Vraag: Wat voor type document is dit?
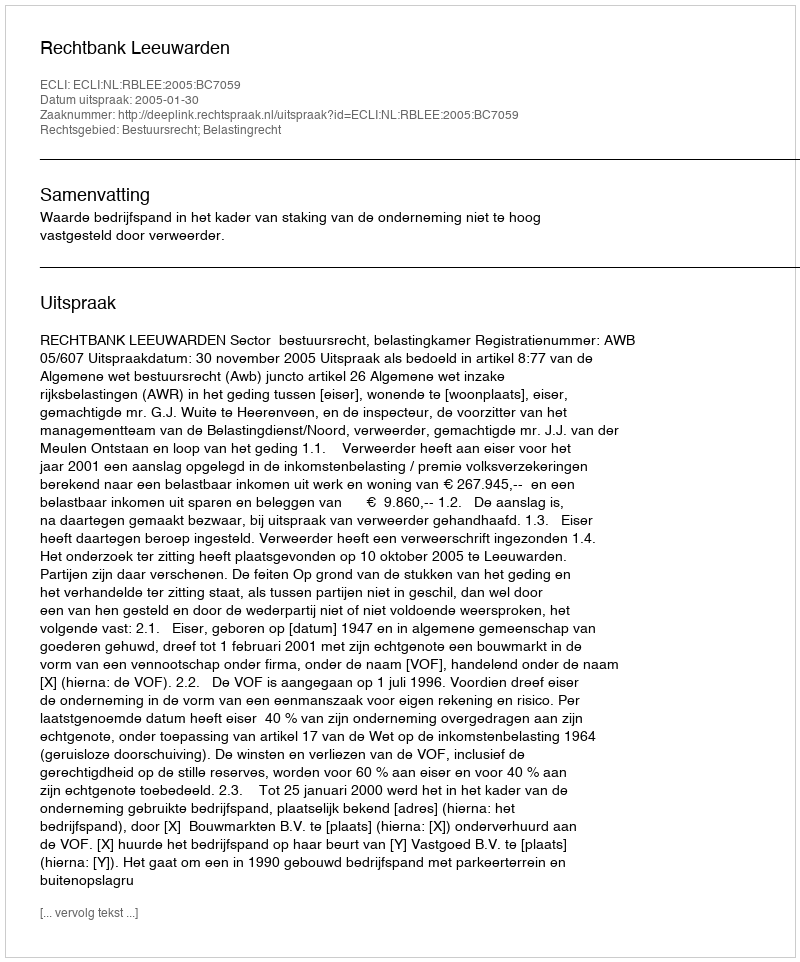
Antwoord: Uitspraak